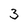
Character: 3